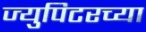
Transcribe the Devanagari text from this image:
ज्युपिटरच्या